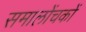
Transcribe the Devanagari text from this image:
समालोंचकों